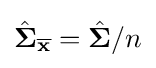
{\hat {\mathbf {\Sigma } }}_{\overline {\mathbf {x} }}={\hat {\mathbf {\Sigma } }}/n